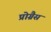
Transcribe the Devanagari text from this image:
प्रोग्रैस